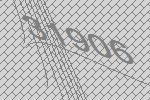
31906